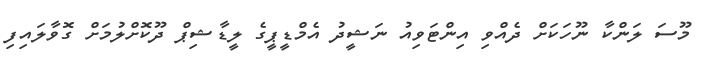
މޫސަ ލަންކާ ނޫހަކަށް ދެއްވި އިންޓަވިއު ނަޝީދު އެމްޑީޕީގެ ލީޑާޝިޕް ދޫކޮށްލުމަށް ގޮވާލައިފި